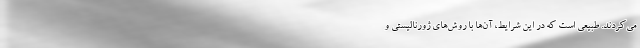
می‌کردند. طبیعی است که در این شرایط، آن‌ها با روش‌های ژورنالیستی و